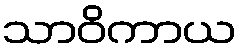
သာဝိကာယ